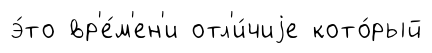
э́то вр'е́м'ен'и отл'и́чиjе кото́рый